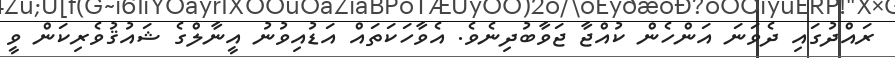
ރައްދުގައި ދެވަނަ އަންހެން ކުއްޖާ ޖަވާބުދިނެވެ. އެވާހަކަތައް އަޑުއިވުނު އީނާލްގެ ޝައުޤުވެރިކަން ވީ